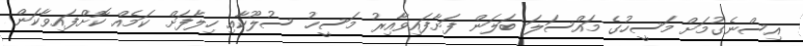
އިސްނެގުމަށް މަސީހުގެ މައްސަލަ ބަލަން ފަށާފައިވާއިރު މަސީހު ސުލޫކާއި ހިލާފަށް ކަމެއް ކޮށްފައިވާކަން